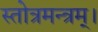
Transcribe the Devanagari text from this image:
स्तोत्रमन्त्रम्।